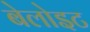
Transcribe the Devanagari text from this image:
बेलोइट